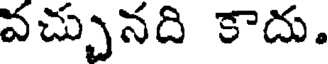
వచ్చునది కాదు.